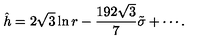
\hat { h } = 2 \sqrt { 3 } \ln r - \frac { 1 9 2 \sqrt { 3 } } { 7 } \tilde { \sigma } + \cdots .